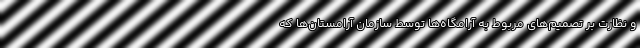
و نظارت بر تصمیم‌های مربوط به آرامگاه‌ها توسط سازمان آرامستان‌ها که